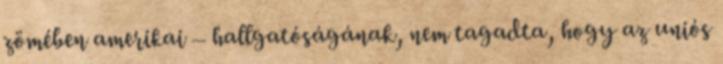
zömében amerikai – hallgatóságának, nem tagadta, hogy az uniós